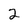
Character: 2